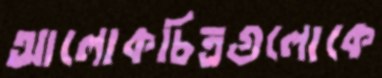
আলোকচিত্রগুলোকে